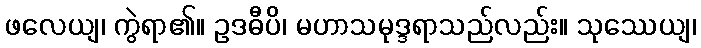
ဖလေယျ၊ ကွဲရာ၏။ ဥဒဓီပိ၊ မဟာသမုဒ္ဒရာသည်လည်း။ သုဿေယျ၊